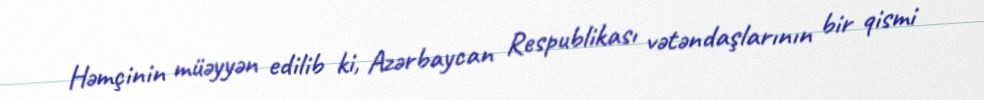
Həmçinin müəyyən edilib ki, Azərbaycan Respublikası vətəndaşlarının bir qismi